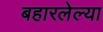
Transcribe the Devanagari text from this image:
बहारलेल्या